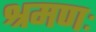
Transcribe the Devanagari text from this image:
श्रमणः